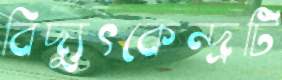
বিদ্যুৎকেন্দ্রটি